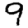
Digit: 9